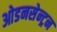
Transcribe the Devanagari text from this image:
ओडनसेन्ट्रन